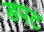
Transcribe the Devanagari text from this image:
डपट